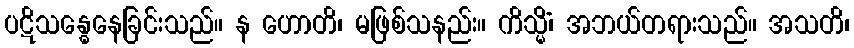
ပဋိသန္ဓေနေခြင်းသည်။ န ဟောတိ၊ မဖြစ်သနည်း။ ကိသ္မိံ၊ အဘယ်တရားသည်။ အသတိ၊